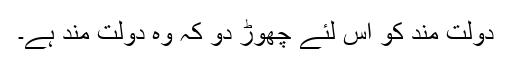
دولت مند کو اس لئے چھوڑ دو کہ وہ دولت مند ہے۔